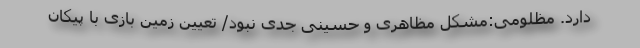
دارد. مظلومی:مشکل مظاهری و حسینی جدی نبود/ تعیین زمین بازی با پیکان